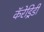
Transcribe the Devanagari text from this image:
कॅरेड्रिडी